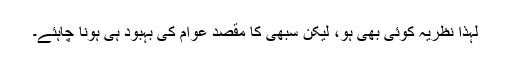
لہذا نظریہ کوئی بھی ہو، لیکن سبھی کا مقصد عوام کی بہبود ہی ہونا چاہئے۔